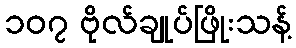
၁၀၇ ဗိုလ်ချုပ်ဖြိုးသန့်